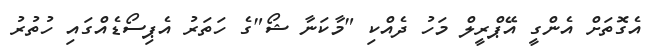
އެގޮތަށް އެންގީ އޭޕްރީލް މަހު ދެއްކި "މާކަނާ ޝޯ"ގެ ހަތަރު އެޕިސޯޑެއްގައި ހުތުރު